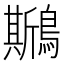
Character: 𪆁